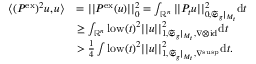
\begin{array} { r l } { \langle ( P ^ { \mathrm { e x } } ) ^ { 2 } u , u \rangle } & { = | | P ^ { \mathrm { e x } } ( u ) | | _ { 0 } ^ { 2 } = \int _ { \mathord { \mathbb { R } } ^ { n } } | | P _ { t } u | | _ { 0 , \mathfrak { S } _ { g } | _ { M _ { t } } } ^ { 2 } \mathrm { d } t } \\ & { \geq \int _ { \mathord { \mathbb { R } } ^ { n } } \mathrm { l o w } ( t ) ^ { 2 } | | u | | _ { 1 , \mathfrak { S } _ { g } | _ { M _ { t } } , \nabla \otimes \mathrm { i d } } ^ { 2 } \mathrm { d } t } \\ & { > \frac { 1 } { 4 } \int \mathrm { l o w } ( t ) ^ { 2 } | | u | | _ { 1 , \mathfrak { S } _ { g } | _ { M _ { t } } , \nabla ^ { \mathrm { s u s p } } } ^ { 2 } \mathrm { d } t . } \end{array}